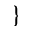
\}